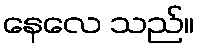
နေလေ သည်။